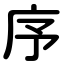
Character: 序